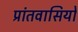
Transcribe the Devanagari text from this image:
प्रांतवासियों